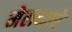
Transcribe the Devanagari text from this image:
मेलव्दारे